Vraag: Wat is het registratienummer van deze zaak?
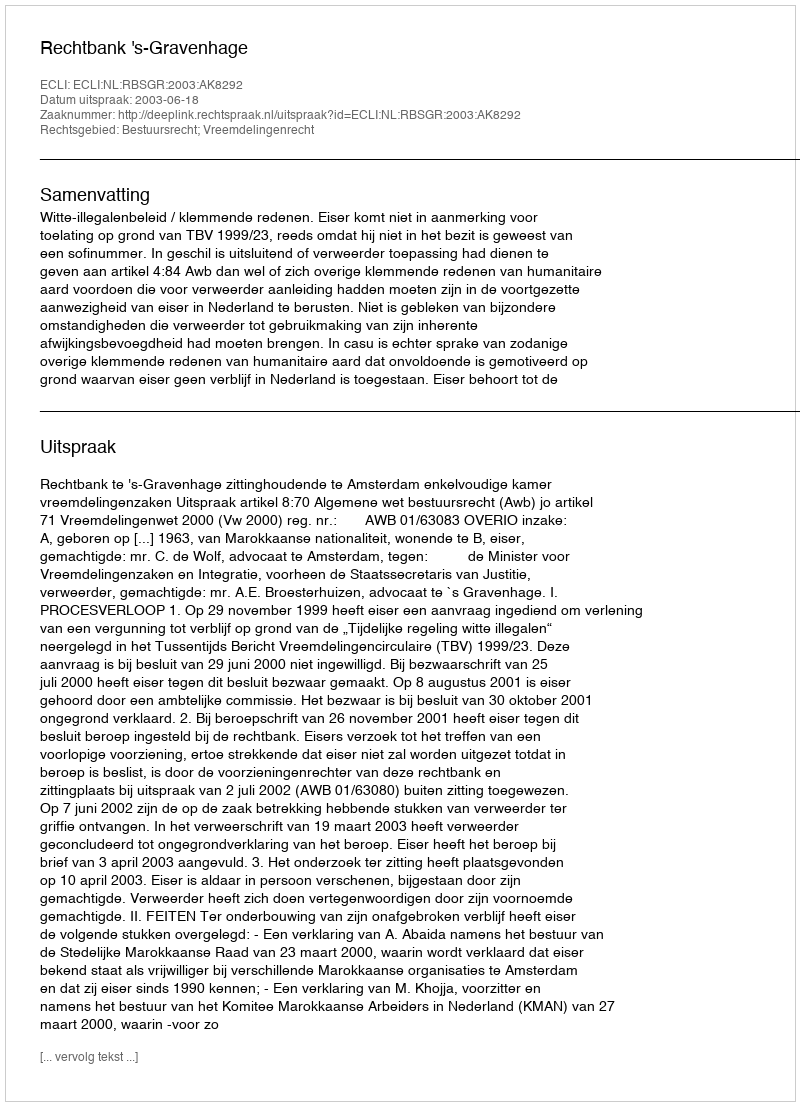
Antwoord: http://deeplink.rechtspraak.nl/uitspraak?id=ECLI:NL:RBSGR:2003:AK8292